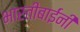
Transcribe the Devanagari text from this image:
भारतीबाईंनी